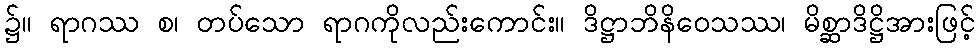
၌။ ရာဂဿ စ၊ တပ်သော ရာဂကိုလည်းကောင်း။ ဒိဋ္ဌာဘိနိဝေသဿ၊ မိစ္ဆာဒိဋ္ဌိအားဖြင့်